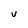
Character: u